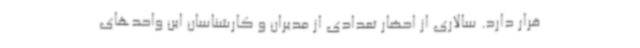
قرار دارد. سالاری از احضار تعدادی از مدیران و کارشناسان این واحدهای